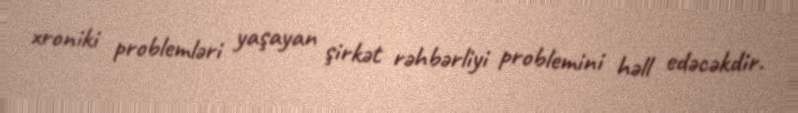
xroniki problemləri yaşayan şirkət rəhbərliyi problemini həll edəcəkdir.